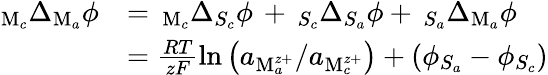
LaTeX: \begin{array}{rl}{_{\mathrm{M}_{c}}\Delta_{\mathrm{M}_{a}}\phi}&{=\, _{\mathrm{M}_{c}}\Delta_{S_{c}}\phi\, +\, _{S_{c}}\Delta_{S_{a}}\phi+\, _{S_{a}}\Delta_{\mathrm{M}_{a}}\phi}\\ &{=\frac{RT}{zF}\ln\left(a_{\mathrm{M}_{a}^{z+}}/a_{\mathrm{M}_{c}^{z+}}\right)+(\phi_{S_{a}}-\phi_{S_{c}})}\end{array}